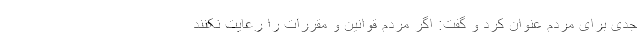
جدی برای مردم عنوان کرد و گفت: اگر مردم قوانین و مقررات را رعایت نکنند